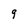
Character: 9